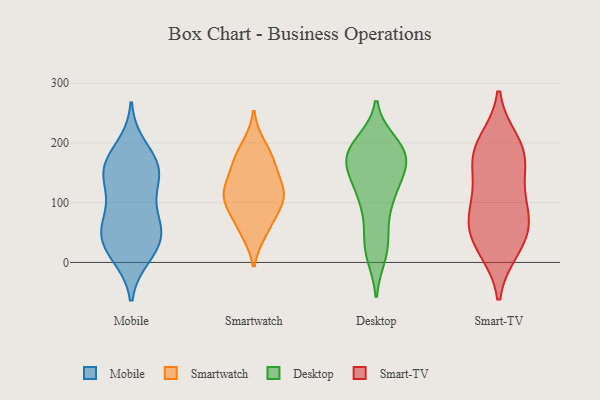
{"axis": {"x": "LTV (USD)", "y": "Value"}, "legend": ["Desktop", "Mobile", "Smart-TV", "Smartwatch"], "data": [{"x": "", "y": 52, "type": "Mobile"}, {"x": "", "y": 158, "type": "Mobile"}, {"x": "", "y": 163, "type": "Mobile"}, {"x": "", "y": 69, "type": "Mobile"}, {"x": "", "y": 162, "type": "Mobile"}, {"x": "", "y": 193, "type": "Mobile"}, {"x": "", "y": 137, "type": "Mobile"}, {"x": "", "y": 43, "type": "Mobile"}, {"x": "", "y": 56, "type": "Mobile"}, {"x": "", "y": 61, "type": "Mobile"}, {"x": "", "y": 11, "type": "Mobile"}, {"x": "", "y": 131, "type": "Mobile"}, {"x": "", "y": 17, "type": "Mobile"}, {"x": "", "y": 103, "type": "Mobile"}, {"x": "", "y": 160, "type": "Mobile"}, {"x": "", "y": 23, "type": "Mobile"}, {"x": "", "y": 106, "type": "Smartwatch"}, {"x": "", "y": 53, "type": "Smartwatch"}, {"x": "", "y": 108, "type": "Smartwatch"}, {"x": "", "y": 112, "type": "Smartwatch"}, {"x": "", "y": 62, "type": "Smartwatch"}, {"x": "", "y": 136, "type": "Smartwatch"}, {"x": "", "y": 167, "type": "Smartwatch"}, {"x": "", "y": 166, "type": "Smartwatch"}, {"x": "", "y": 194, "type": "Smartwatch"}, {"x": "", "y": 106, "type": "Smartwatch"}, {"x": "", "y": 193, "type": "Desktop"}, {"x": "", "y": 190, "type": "Desktop"}, {"x": "", "y": 103, "type": "Desktop"}, {"x": "", "y": 177, "type": "Desktop"}, {"x": "", "y": 12, "type": "Desktop"}, {"x": "", "y": 104, "type": "Desktop"}, {"x": "", "y": 163, "type": "Desktop"}, {"x": "", "y": 56, "type": "Desktop"}, {"x": "", "y": 182, "type": "Desktop"}, {"x": "", "y": 174, "type": "Desktop"}, {"x": "", "y": 186, "type": "Desktop"}, {"x": "", "y": 17, "type": "Desktop"}, {"x": "", "y": 146, "type": "Desktop"}, {"x": "", "y": 143, "type": "Desktop"}, {"x": "", "y": 106, "type": "Desktop"}, {"x": "", "y": 144, "type": "Desktop"}, {"x": "", "y": 34, "type": "Desktop"}, {"x": "", "y": 200, "type": "Desktop"}, {"x": "", "y": 175, "type": "Smart-TV"}, {"x": "", "y": 175, "type": "Smart-TV"}, {"x": "", "y": 54, "type": "Smart-TV"}, {"x": "", "y": 24, "type": "Smart-TV"}, {"x": "", "y": 131, "type": "Smart-TV"}, {"x": "", "y": 88, "type": "Smart-TV"}, {"x": "", "y": 186, "type": "Smart-TV"}, {"x": "", "y": 200, "type": "Smart-TV"}, {"x": "", "y": 65, "type": "Smart-TV"}, {"x": "", "y": 29, "type": "Smart-TV"}, {"x": "", "y": 88, "type": "Smart-TV"}]}